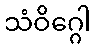
သံဝိဂ္ဂေါ